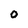
Character: 0